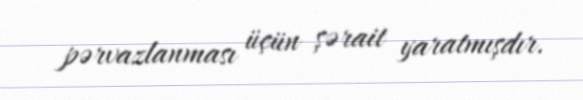
pərvazlanması üçün şərait yaratmışdır.